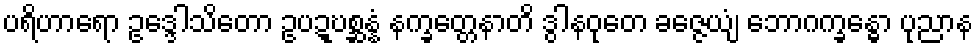
ပရိဟာရော ဥဒ္ဒေါသိတော ဥပဍ္ဎစ္ဆန္နံ နက္ခတ္တေနာတိ ဒွါနဝုတေ ခဇ္ဇေယျံ ဘောဂက္ခန္ဓော ပုညာန